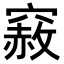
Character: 𥨅